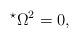
LaTeX: \begin{align*}^\star \Omega^2 = 0,\end{align*}